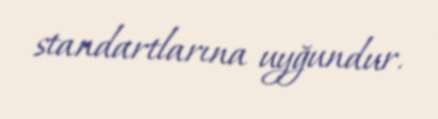
standartlarına uyğundur.